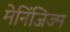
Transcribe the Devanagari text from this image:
मेनिंजिज्म